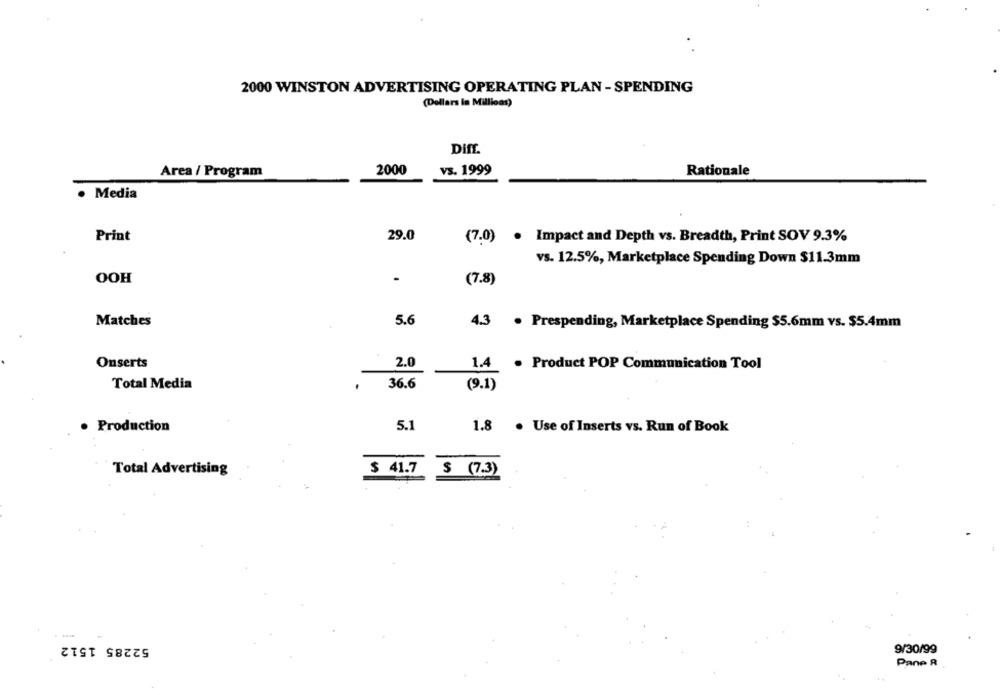
2000 WINSTON ADVERTISING OPERATING PLAN - SPENDING
(Dollars In Millions)
Diff.
Area / Program
2000
vs. 1999
Rationale
· Media
Print
29.0
(7.0) . Impact and Depth vs. Breadth, Print SOV 9.3%
vs. 12.5%, Marketplace Spending Down $11.3mm
OOH
(7.8)
Matches
5.6
4.3 . Prespending, Marketplace Spending $5.6mm vs. $5.4mm
Onserts
2.0
1.4 . Product POP Communication Tool
Total Media
36.6
(9.1)
· Production
5.1
1.8
Use of Inserts vs. Run of Book
Total Advertising
$ 41.7
$ (7.3)
52285 1512
9/30/99
Pane &